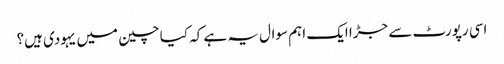
اسی رپورٹ سے جڑا ایک اہم سوال یہ ہے کہ کیا چین میں یہودی ہیں؟